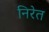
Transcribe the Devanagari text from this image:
निरेत